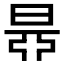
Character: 𣇅